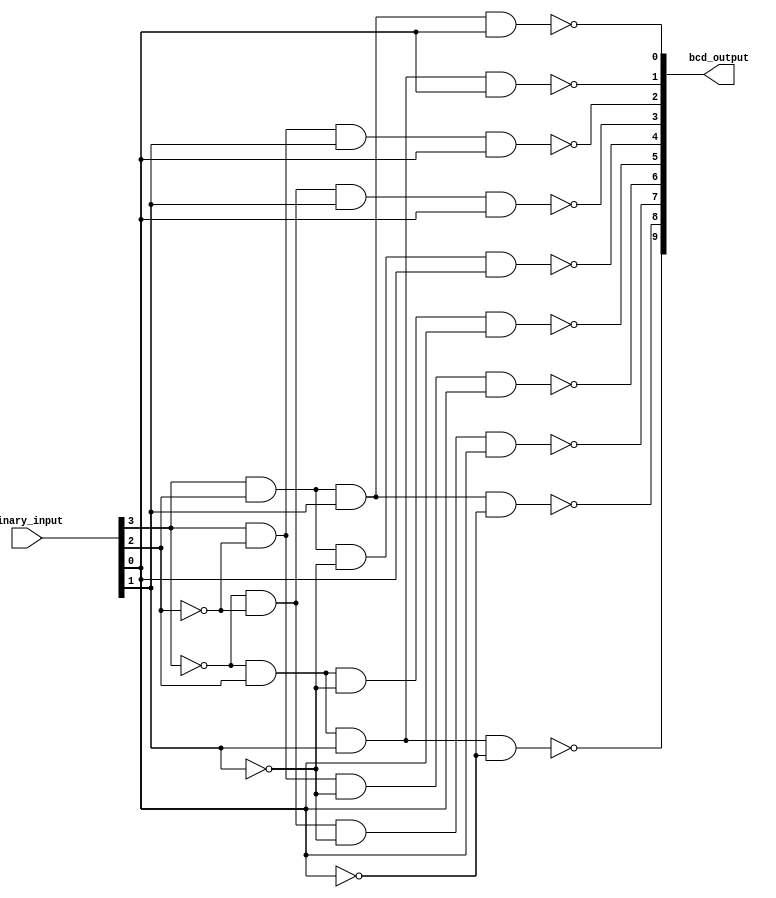
module bcd_decoder(
    input [3:0] binary_input,
    output [9:0] bcd_output
);

assign bcd_output[0] = ~(binary_input[3] & binary_input[2] & binary_input[1] & binary_input[0]);
assign bcd_output[1] = ~(~binary_input[3] & binary_input[2] & binary_input[1] & binary_input[0]);
assign bcd_output[2] = ~(binary_input[3] & ~binary_input[2] & binary_input[1] & binary_input[0]);
assign bcd_output[3] = ~(~binary_input[3] & ~binary_input[2] & binary_input[1] & binary_input[0]);
assign bcd_output[4] = ~(binary_input[3] & binary_input[2] & ~binary_input[1] & binary_input[0]);
assign bcd_output[5] = ~(~binary_input[3] & binary_input[2] & ~binary_input[1] & binary_input[0]);
assign bcd_output[6] = ~(binary_input[3] & ~binary_input[2] & ~binary_input[1] & binary_input[0]);
assign bcd_output[7] = ~(~binary_input[3] & ~binary_input[2] & ~binary_input[1] & binary_input[0]);
assign bcd_output[8] = ~(binary_input[3] & binary_input[2] & binary_input[1] & ~binary_input[0]);
assign bcd_output[9] = ~(~binary_input[3] & binary_input[2] & binary_input[1] & ~binary_input[0]);

endmodule